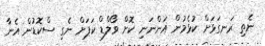
ނެތި ރަނގަޅަށް ކުޅެމުން އަންނަނި ކޮށް ވޯލްޑް ކަޕަށް ނެގި ސްކޮޑުން އެނާ